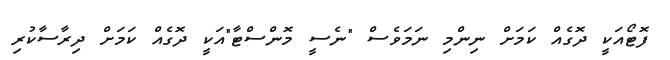
ފޮޓޯއަކީ ދޮގެއް ކަމަށް ނިންމި ނަމަވެސް "ނެސީ މޮންސްޓާ"އަކީ ދޮގެއް ކަމަށް ދިރާސާކުރި